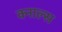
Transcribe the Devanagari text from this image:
क्नाल्स